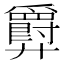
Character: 𫸤